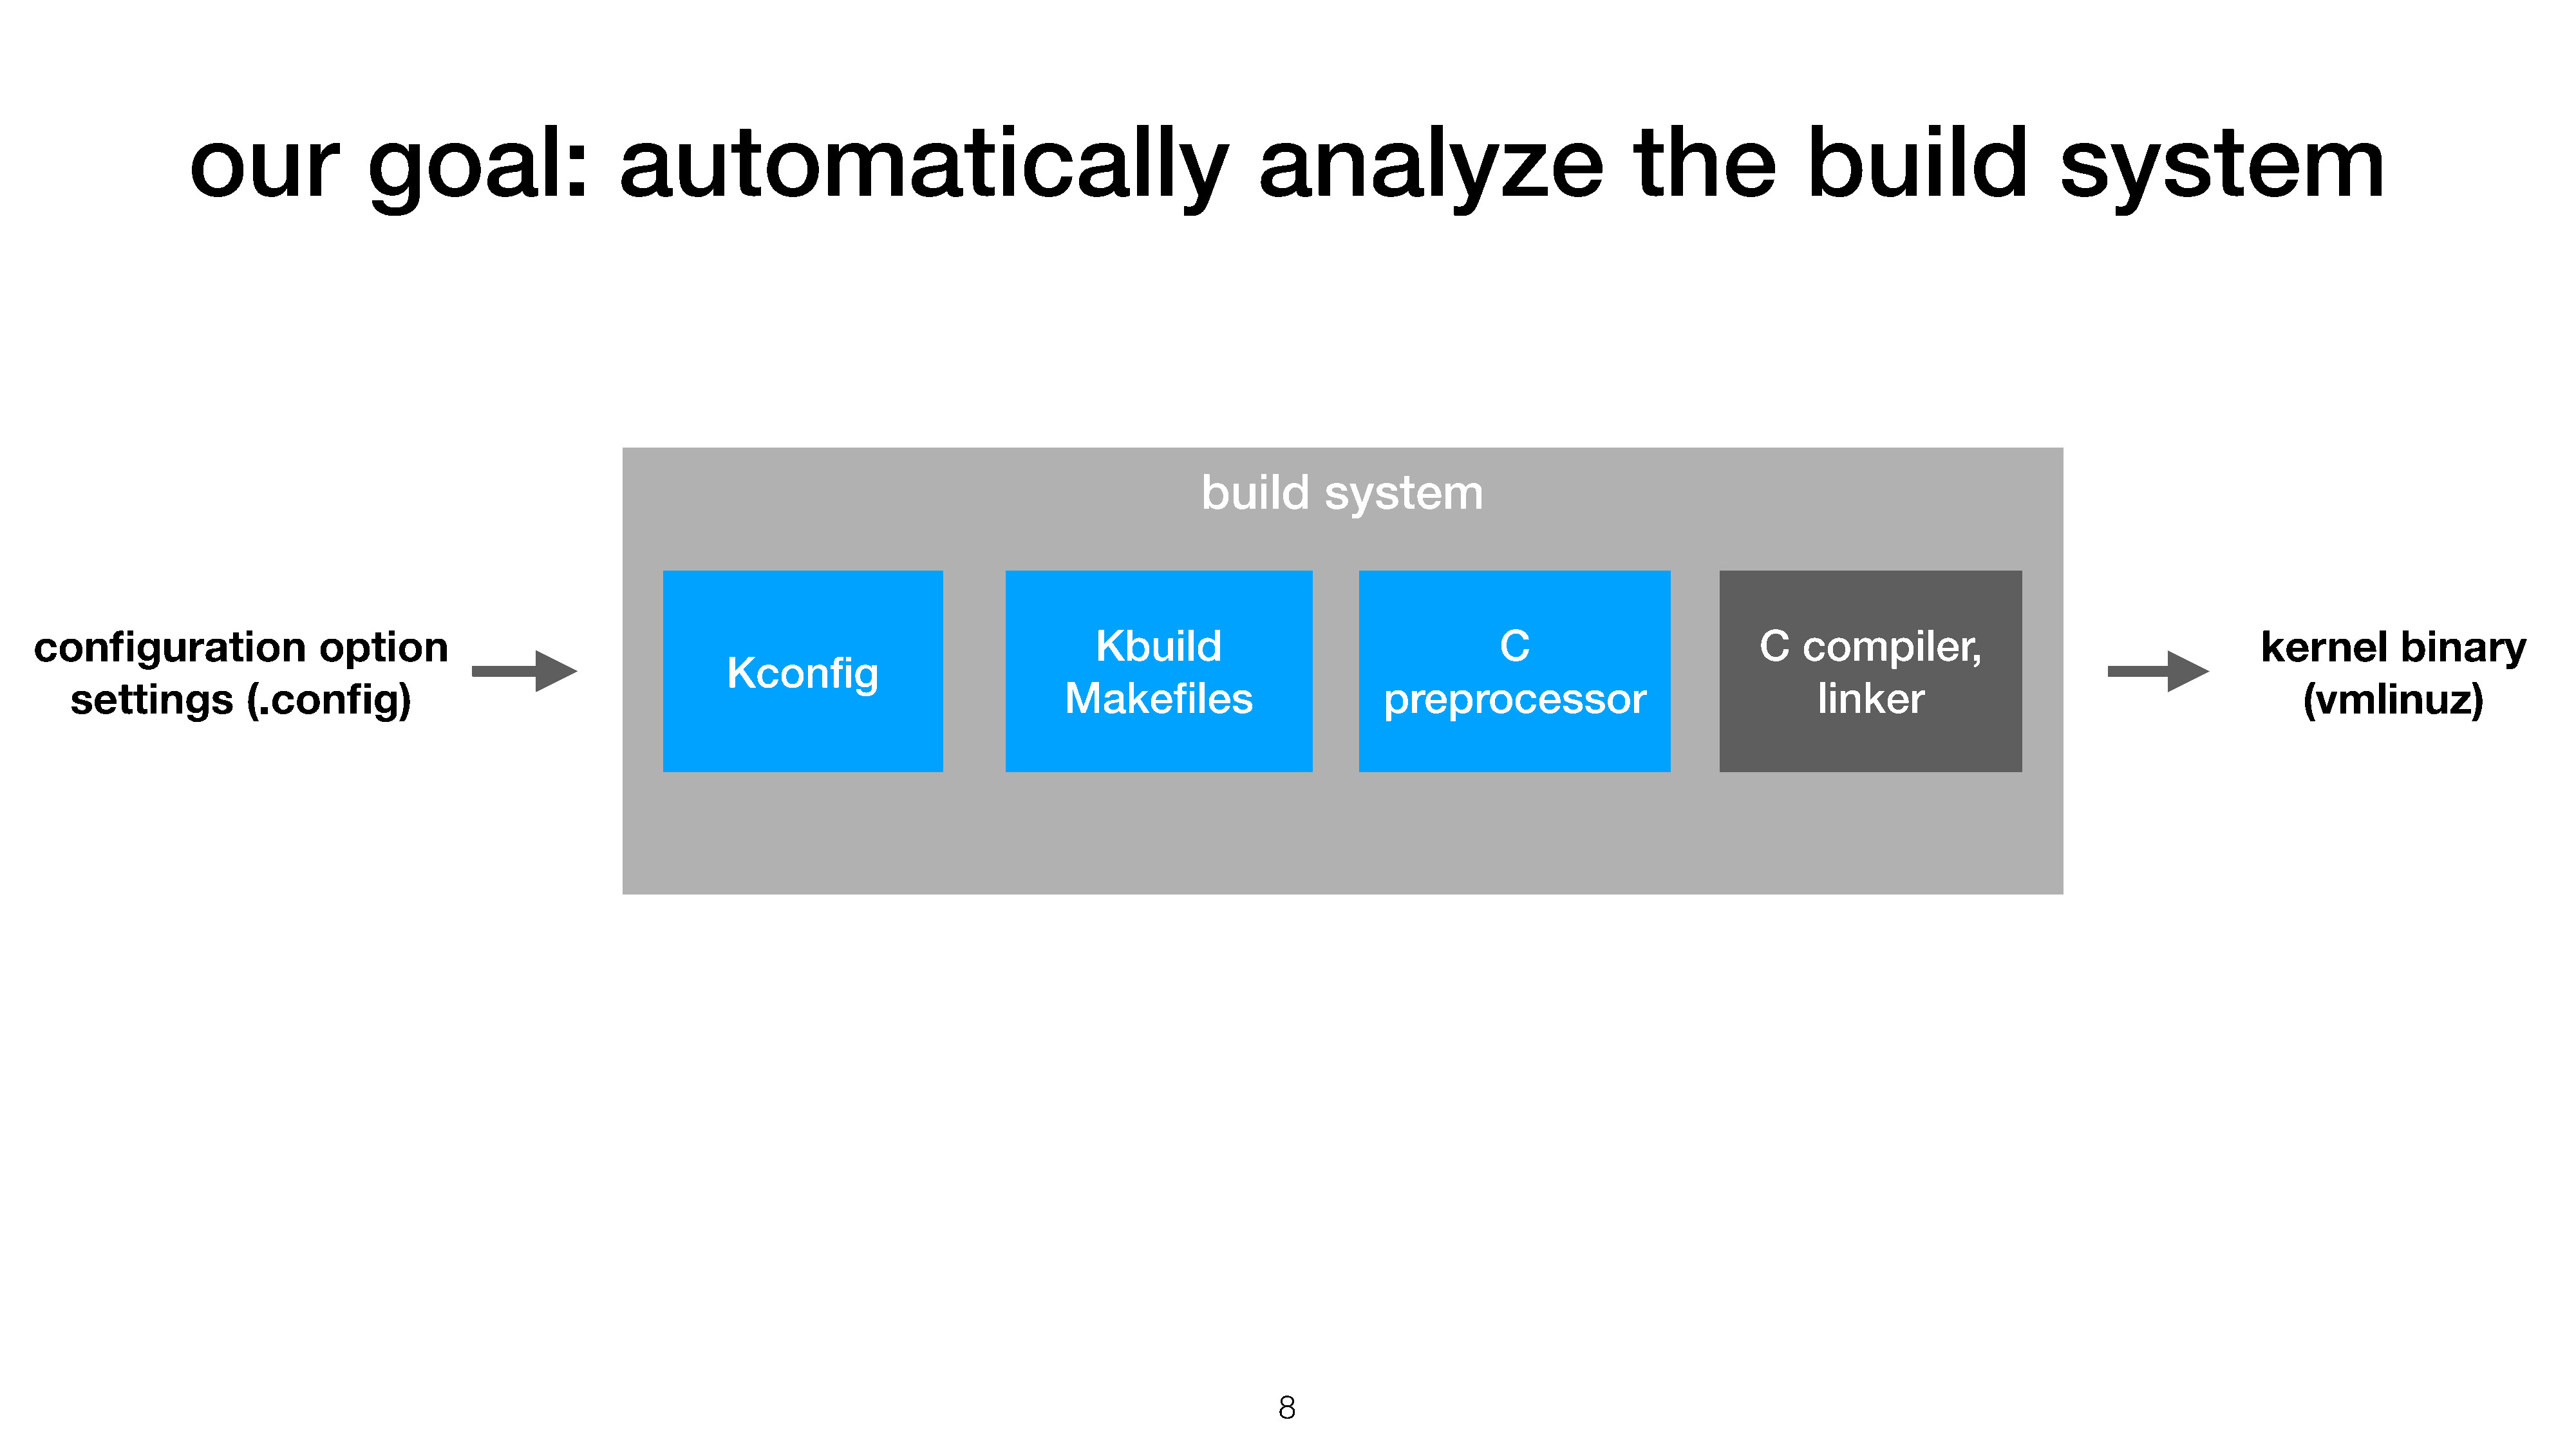
our                goal:                     automatically                                                    analyze                                the               build                     system
 bbuuiilldd   ssyysstteemm
 configuration                 option                                                                          Kbuild                                   C                          C   compiler,                                      kernel         binary
 Kconfig
 settings          (.config)                                                                           Makefiles                        preprocessor                                 linker                                            (vmlinuz)
 8